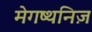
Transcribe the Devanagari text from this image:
मेगष्थनिज़